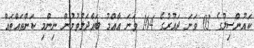
ކައުންސިލުގެ 03 ވަނަ ދައުރުގެ 164 ވަނަ އާއްމު ބައްދަލުވުމުން ނިންމި ކަންތައްތައް